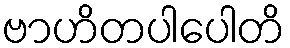
ဗာဟိတပါပေါတိ